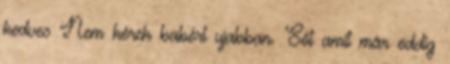
kedves Nem kérek babért ujabban. Sőt amit már eddig